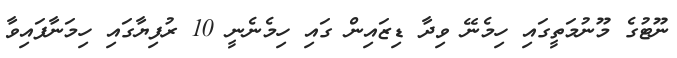
ނޫޓުގެ މޫނުމަތީގައި ހިމެނޭ ވިދާ ޑިޒައިން ގައި ހިމެނެނީ 10 ރުފިޔާގައި ހިމަނާފައިވާ